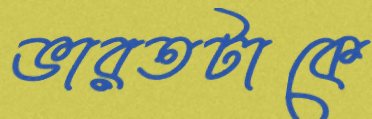
ভারতটাকে